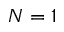
N = 1